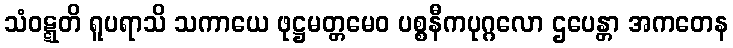
သံဝဋ္ဋတိ ရူပရာသိ သကာယေ ဖုဋ္ဌမတ္တမေဝ ပစ္စနီကပုဂ္ဂလော ဌပေန္တာ အကတေန